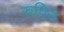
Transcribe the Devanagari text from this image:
रुपिन